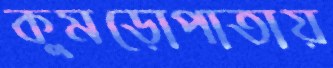
কুমড়োপাতায়